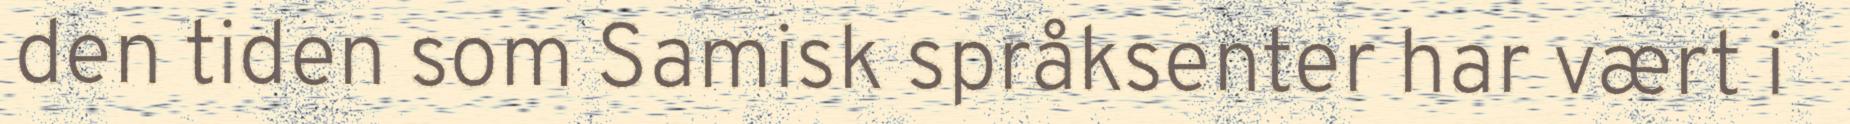
den tiden som Samisk språksenter har vært i